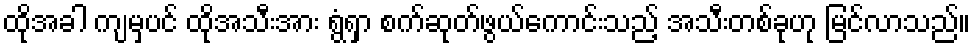
ထိုအခါ ကျမှပင် ထိုအသီးအား ရွံရှာ စက်ဆုတ်ဖွယ်ကောင်းသည့် အသီးတစ်ခုဟု မြင်လာသည်။